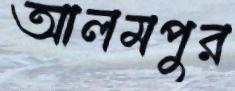
আলমপুর